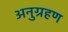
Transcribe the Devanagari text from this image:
अनुग्रहण